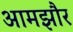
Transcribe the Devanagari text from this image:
आमझौर